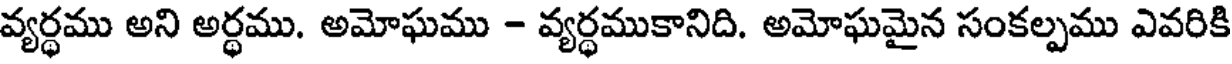
వ్యర్ధము అని అర్ధము. అమోఘము - వ్యర్ధముకానిది. అమోఘమైన సంకల్పము ఎవరికి